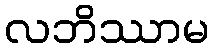
လဘိဿာမ